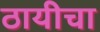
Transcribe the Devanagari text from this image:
ठायीचा